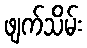
ဖျက်သိမ်း